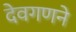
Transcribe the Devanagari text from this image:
देवगणने